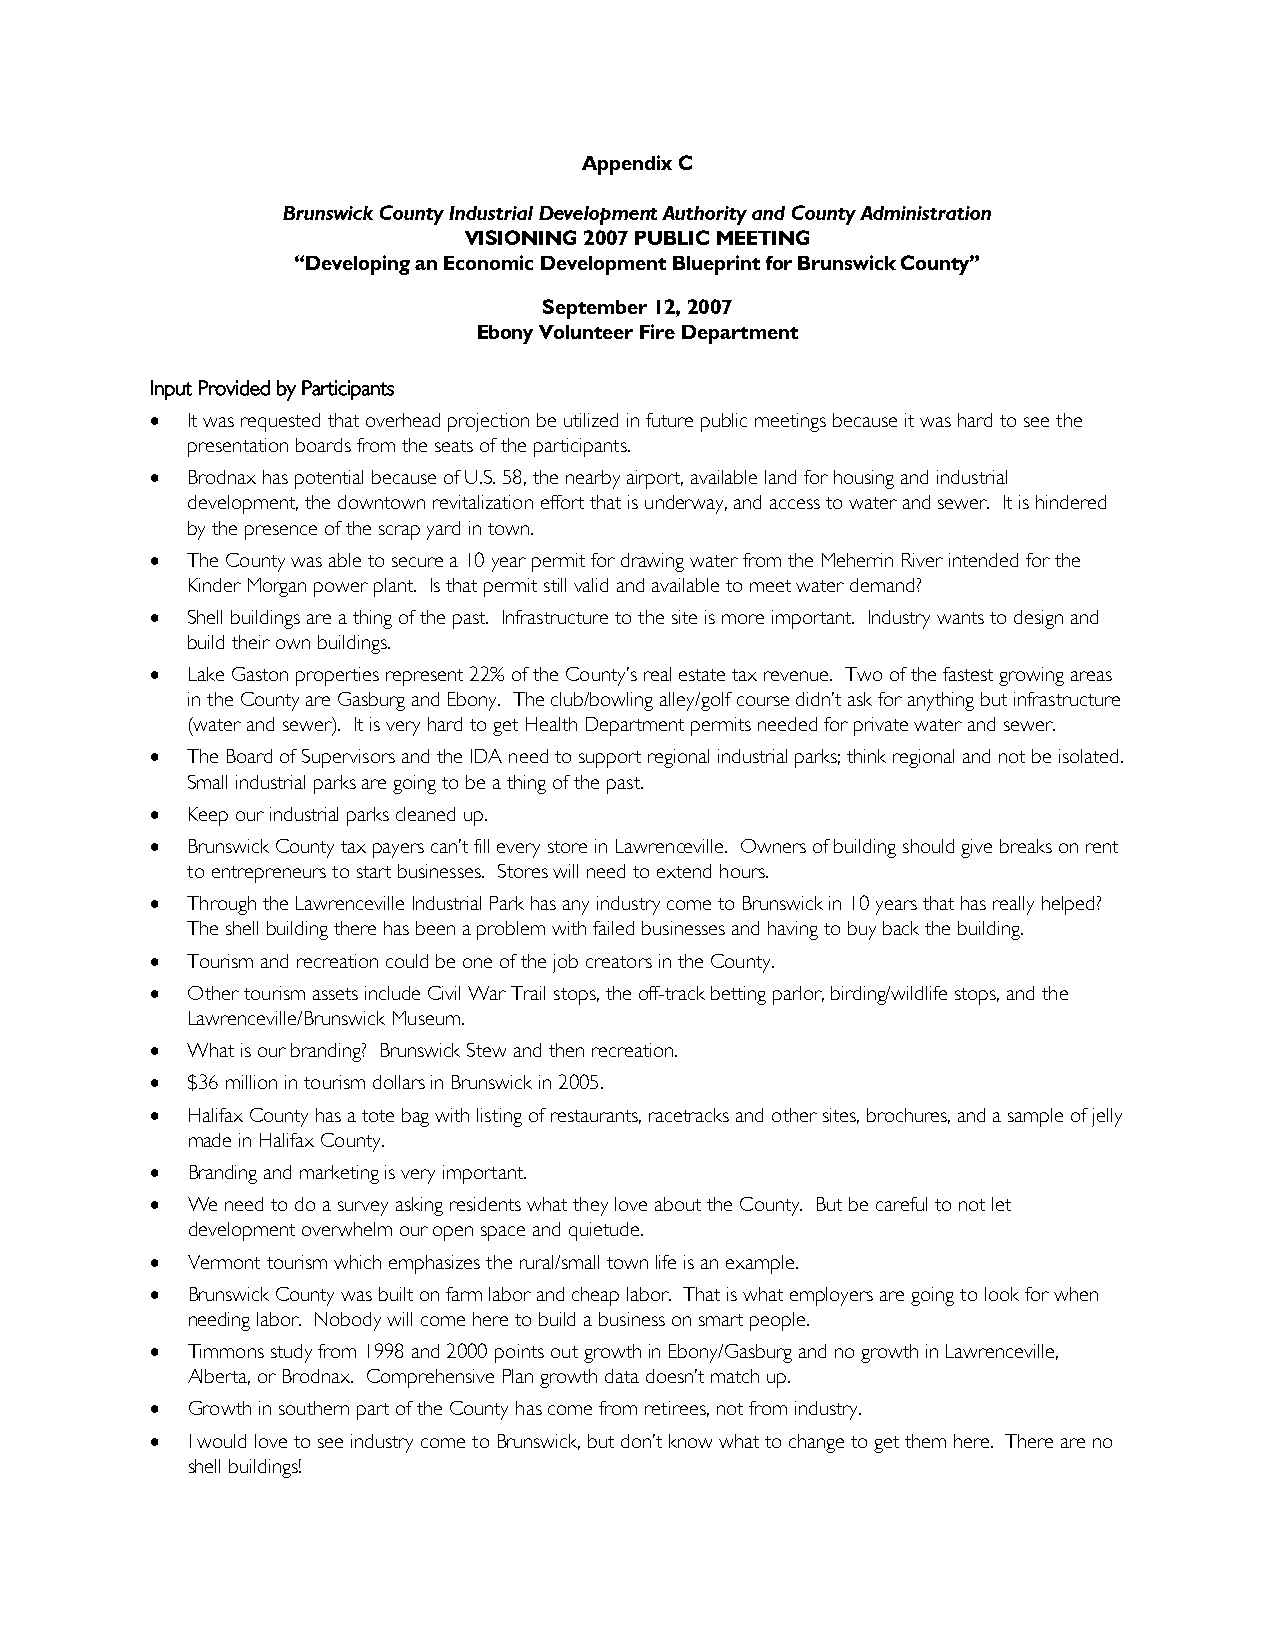
Appendix C
 Brunswick County Industrial Development Authority and County Administration
 VISIONING 2007 PUBLIC MEETING
 “Developing an Economic Development Blueprint for Brunswick County”
 September 12, 2007
 Ebony Volunteer Fire Department
 Input Provided by Participants
 • It was requested that overhead projection be utilized in future public meetings because it was hard to see the
 presentation boards from the seats of the participants.
 • Brodnax has potential because of U.S. 58, the nearby airport, available land for housing and industrial
 development, the downtown revitalization effort that is underway, and access to water and sewer. It is hindered
 by the presence of the scrap yard in town.
 • The County was able to secure a 10 year permit for drawing water from the Meherrin River intended for the
 Kinder Morgan power plant. Is that permit still valid and available to meet water demand?
 • Shell buildings are a thing of the past. Infrastructure to the site is more important. Industry wants to design and
 build their own buildings.
 • Lake Gaston properties represent 22% of the County’s real estate tax revenue. Two of the fastest growing areas
 in the County are Gasburg and Ebony. The club/bowling alley/golf course didn’t ask for anything but infrastructure
 (water and sewer). It is very hard to get Health Department permits needed for private water and sewer.
 • The Board of Supervisors and the IDA need to support regional industrial parks; think regional and not be isolated.
 Small industrial parks are going to be a thing of the past.
 • Keep our industrial parks cleaned up.
 • Brunswick County tax payers can’t fill every store in Lawrenceville. Owners of building should give breaks on rent
 to entrepreneurs to start businesses. Stores will need to extend hours.
 • Through the Lawrenceville Industrial Park has any industry come to Brunswick in 10 years that has really helped?
 The shell building there has been a problem with failed businesses and having to buy back the building.
 • Tourism and recreation could be one of the job creators in the County.
 • Other tourism assets include Civil War Trail stops, the off-track betting parlor, birding/wildlife stops, and the
 Lawrenceville/Brunswick Museum.
 • What is our branding? Brunswick Stew and then recreation.
 • $36 million in tourism dollars in Brunswick in 2005.
 • Halifax County has a tote bag with listing of restaurants, racetracks and other sites, brochures, and a sample of jelly
 made in Halifax County.
 • Branding and marketing is very important.
 • We need to do a survey asking residents what they love about the County. But be careful to not let
 development overwhelm our open space and quietude.
 • Vermont tourism which emphasizes the rural/small town life is an example.
 • Brunswick County was built on farm labor and cheap labor. That is what employers are going to look for when
 needing labor. Nobody will come here to build a business on smart people.
 • Timmons study from 1998 and 2000 points out growth in Ebony/Gasburg and no growth in Lawrenceville,
 Alberta, or Brodnax. Comprehensive Plan growth data doesn’t match up.
 • Growth in southern part of the County has come from retirees, not from industry.
 • I would love to see industry come to Brunswick, but don’t know what to change to get them here. There are no
 shell buildings!